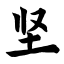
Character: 坚